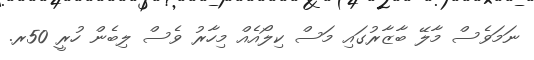
ނަމަވެސް މާލޭ ބާޒާރުގައި މަސް ކިލޯއެއް މިހާރު ވެސް ލިބެން ހުރީ 50ރ.